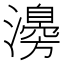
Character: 𤁻